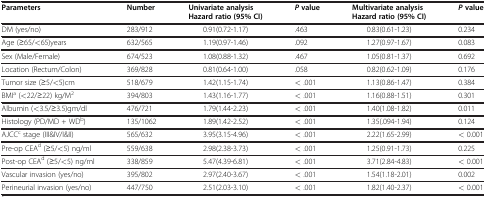
<table><thead><tr><td><b>Parameters</b></td><td><b>Number</b></td><td><b>Univariate analysis Hazard ratio (95% CI)</b></td><td><b><i>P</i> value</b></td><td><b>Multivariate analysis Hazard ratio (95% CI)</b></td><td><b><i>P</i> value</b></td></tr></thead><tbody><tr><td>DM (yes/no)</td><td>283/912</td><td>0.91(0.72-1.17)</td><td>.463</td><td>0.83(0.61-1.23)</td><td>0.234</td></tr><tr><td>Age (≥65/&lt;65)years</td><td>632/565</td><td>1.19(0.97-1.46)</td><td>.092</td><td>1.27(0.97-1.67)</td><td>0.083</td></tr><tr><td>Sex (Male/Female)</td><td>674/523</td><td>1.08(0.88-1.32)</td><td>.467</td><td>1.05(0.81-1.37)</td><td>0.692</td></tr><tr><td>Location (Rectum/Colon)</td><td>369/828</td><td>0.81(0.64-1.00)</td><td>.058</td><td>0.82(0.62-1.09)</td><td>0.176</td></tr><tr><td>Tumor size (≥5/&lt;5)cm</td><td>518/679</td><td>1.42(1.15-1.74)</td><td>&lt; .001</td><td>1.13(0.86-1.47)</td><td>0.384</td></tr><tr><td>BMI<sup>a</sup> (&lt;22/≥22) kg/M<sup>2</sup></td><td>394/803</td><td>1.43(1.16-1.77)</td><td>&lt; .001</td><td>1.16(0.88-1.51)</td><td>0.301</td></tr><tr><td>Albumin (&lt;3.5/≥3.5)gm/dl</td><td>476/721</td><td>1.79(1.44-2.23)</td><td>&lt; .001</td><td>1.40(1.08-1.82)</td><td>0.011</td></tr><tr><td>Histology (PD/MD + WD<sup>b</sup>)</td><td>135/1062</td><td>1.89(1.42-2.52)</td><td>&lt; .001</td><td>1.35(.094-1.94)</td><td>0.124</td></tr><tr><td>AJCC<sup>c</sup> stage (III&amp;IV/I&amp;II)</td><td>565/632</td><td>3.95(3.15-4.96)</td><td>&lt; .001</td><td>2.22(1.65-2.99)</td><td>&lt; 0.001</td></tr><tr><td>Pre-op CEA<sup>d</sup> (≥5/&lt;5) ng/ml</td><td>559/638</td><td>2.98(2.38-3.73)</td><td>&lt; .001</td><td>1.25(0.91-1.73)</td><td>0.225</td></tr><tr><td>Post-op CEA<sup>d</sup> (≥5/&lt;5) ng/ml</td><td>338/859</td><td>5.47(4.39-6.81)</td><td>&lt; .001</td><td>3.71(2.84-4.83)</td><td>&lt; 0.001</td></tr><tr><td>Vascular invasion (yes/no)</td><td>395/802</td><td>2.97(2.40-3.67)</td><td>&lt; .001</td><td>1.54(1.18-2.01)</td><td>0.002</td></tr><tr><td>Perineurial invasion (yes/no)</td><td>447/750</td><td>2.51(2.03-3.10)</td><td>&lt; .001</td><td>1.82(1.40-2.37)</td><td>&lt; 0.001</td></tr></tbody></table>